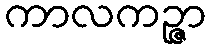
ကာလကဉ္ဇာ